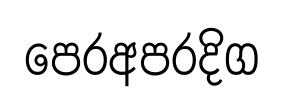
පෙරඅපරදිග